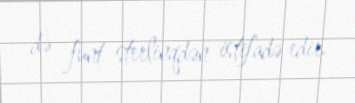
də funt sterlinqdən istifadə edir.